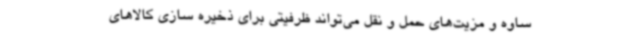
ساوه و مزیت‌های حمل و نقل می‌تواند ظرفیتی برای ذخیره سازی کالاهای